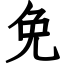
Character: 免